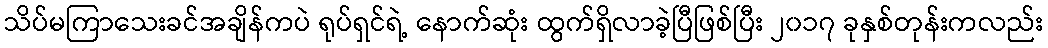
သိပ်မကြာသေးခင်အချိန်ကပဲ ရုပ်ရှင်ရဲ့ နောက်ဆုံး ထွက်ရှိလာခဲ့ပြီဖြစ်ပြီး ၂၀၁၇ ခုနှစ်တုန်းကလည်း